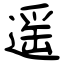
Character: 遥